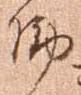
働